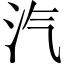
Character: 汽